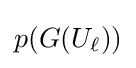
p(G(U_{\ell }))